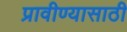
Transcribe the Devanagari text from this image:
प्रावीण्यासाठी